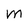
Character: M